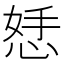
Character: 𪫾